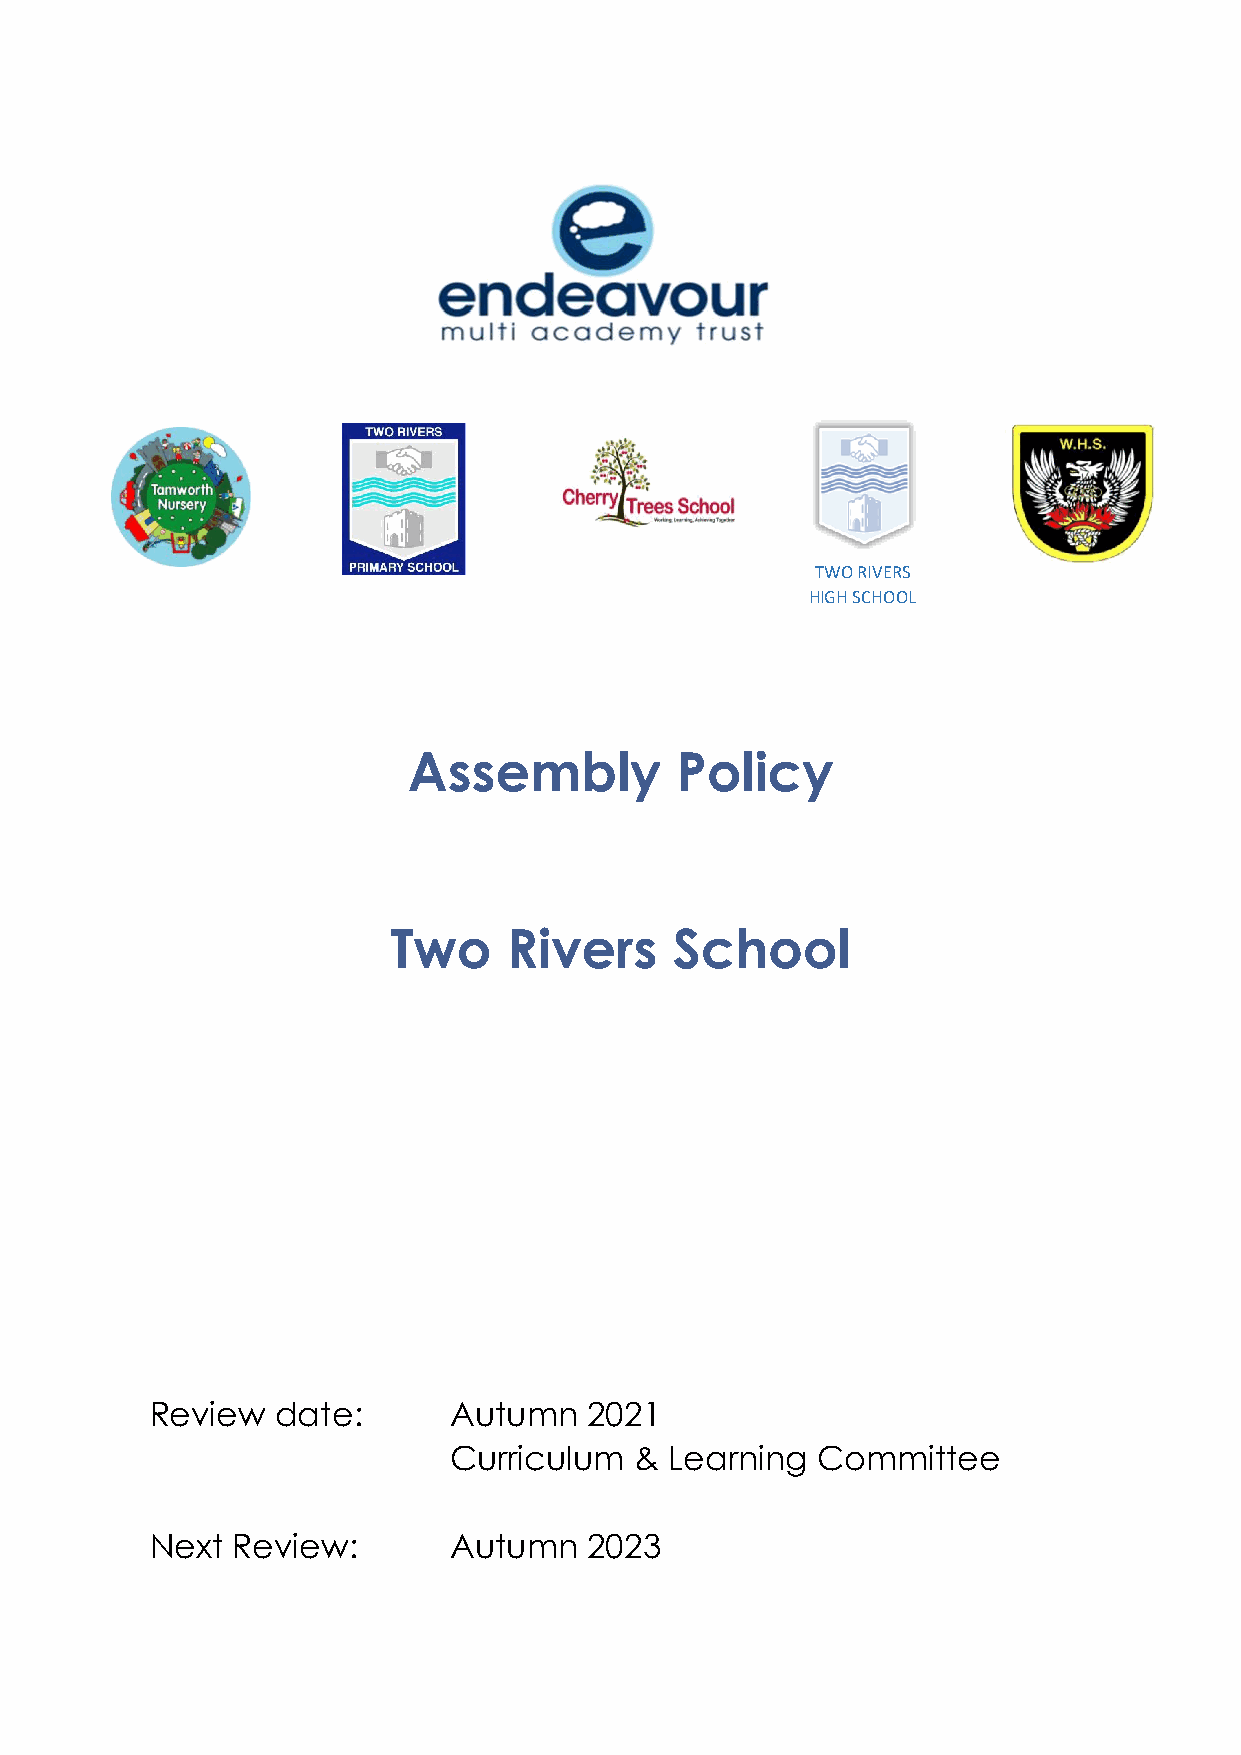
TWO RIVERS
 HIGH SCHOOL
 Assembly          Policy
 Two     Rivers     School
 Review  date:       Autumn   2021
 Curriculum  & Learning  Committee
 Next Review:        Autumn   2023